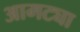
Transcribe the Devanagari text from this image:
आमट्या